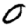
Digit: 0